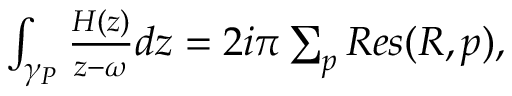
\begin{array} { r } { \int _ { \gamma _ { P } } \frac { H ( z ) } { z - \omega } d z = 2 i \pi \sum _ { p } R e s ( R , p ) , } \end{array}